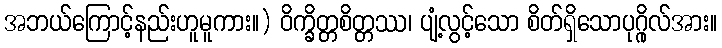
အဘယ်ကြောင့်နည်းဟူမူကား။) ဝိက္ခိတ္တစိတ္တဿ၊ ပျံ့လွင့်သော စိတ်ရှိသောပုဂ္ဂိုလ်အား။